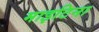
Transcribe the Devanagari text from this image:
माइटिना